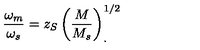
\frac { \omega _ { m } } { \omega _ { s } } = z _ { S } \left( \frac { M } { M _ { s } } \right) _ { . } ^ { 1 / 2 }